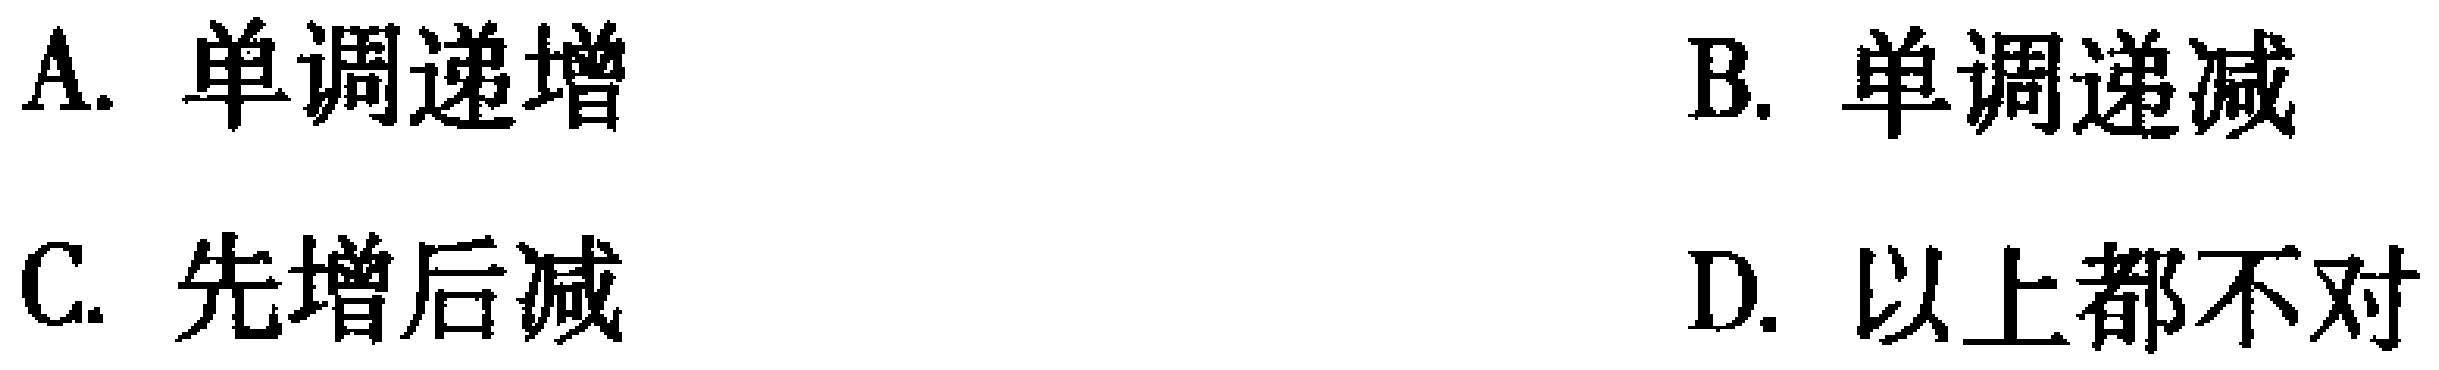
A. 单调递增
B. 单调递减
C. 先增后减
D. 以上都不对